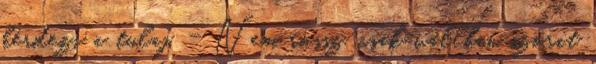
kérdezi a tulaj. - Nem rossz, csak vállban szorít